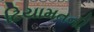
ટિયામતની